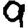
Digit: 9